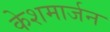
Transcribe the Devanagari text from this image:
केशमार्जन